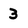
Character: 3